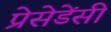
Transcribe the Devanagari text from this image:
प्रेसेडेंसी